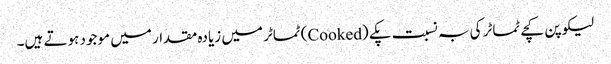
لیکوپن کچے ٹماٹر کی بہ نسبت پکے (Cooked) ٹماٹر میں زیادہ مقدار میں موجود ہوتے ہیں۔